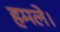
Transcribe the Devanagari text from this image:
हमले।